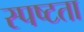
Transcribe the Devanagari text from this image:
स्‍पष्टता